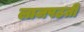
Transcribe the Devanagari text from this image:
लाजपठती